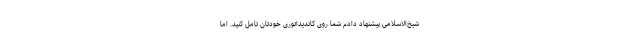
شیخ‌الاسلامی پیشنهاد دادم شما روی کاندیداتوری خودتان تامل کنید. اما